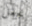
نجعل